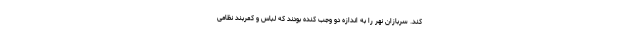
کند. سربازان نهر را به اندازه دو وجب کنده بودند که لباس و کمربند نظامی